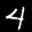
Label: 4